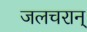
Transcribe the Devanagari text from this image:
जलचरान्